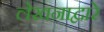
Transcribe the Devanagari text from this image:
लेखनाद्वारे